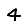
Digit: 4